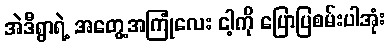
အဲဒီရွာရဲ့ အတွေ့အကြုံလေး ငါ့ကို ပြောပြစမ်းပါအုံး